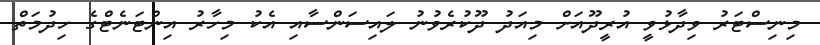
މިނިސްޓަރު ވިދާޅުވީ އުރީދޫއަށް މިއަދު ދޫކުރެވުނު ލައިސަންސާއި އެކު މިހާރު އިންޓަނެޓްގެ ހިދުމަތް